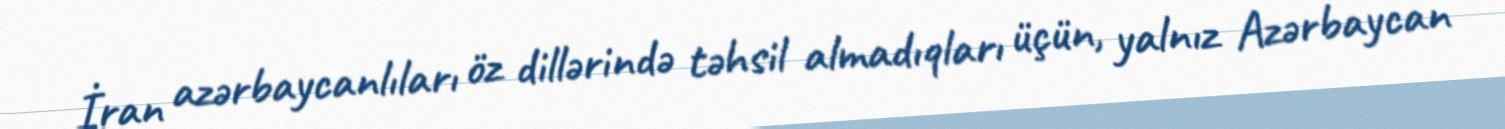
İran azərbaycanlıları öz dillərində təhsil almadıqları üçün, yalnız Azərbaycan